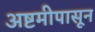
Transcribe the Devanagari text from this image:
अष्टमीपासून